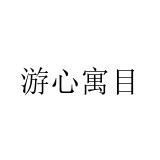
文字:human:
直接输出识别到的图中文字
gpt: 游心寓目